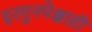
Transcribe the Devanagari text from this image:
इरगुनपेक्षाही